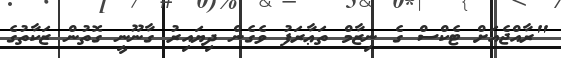
"ރާއްޖެއަށް ޓެކްސް ގެ ނިޒާމް ތަޢާރަފު ވެގެން ދިޔައިރު ގާނޫނީ ގޮތުން ޒަކާތުގެ